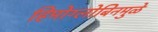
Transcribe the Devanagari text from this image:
हिमोग्लोबिनमुळे